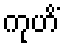
ကုဟိံ